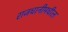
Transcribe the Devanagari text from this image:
राजधानीमधील